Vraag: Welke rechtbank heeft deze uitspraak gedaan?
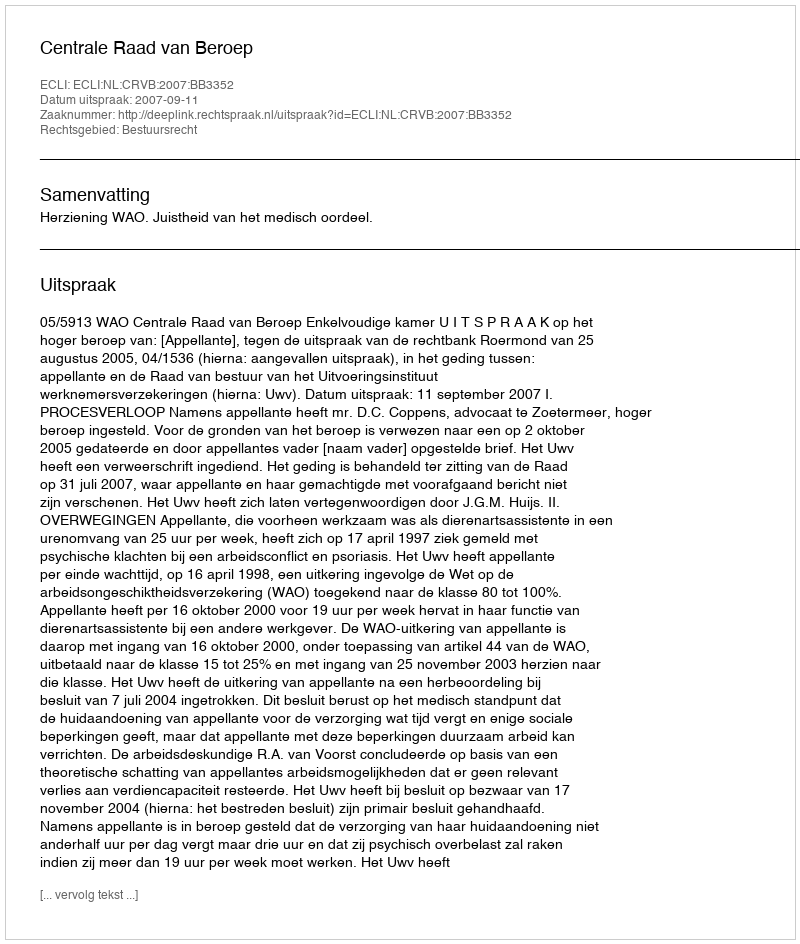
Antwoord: Centrale Raad van Beroep